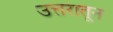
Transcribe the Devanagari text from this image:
उत्तरातून